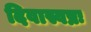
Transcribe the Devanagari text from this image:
दिवास्वप्नः